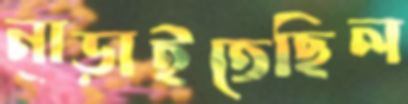
নাড়াইতেছিল